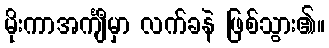
မိုးကာအင်္ကျီမှာ လက်ခနဲ ဖြစ်သွား၏။